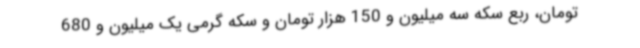
تومان، ربع سکه سه میلیون و 150 هزار تومان و سکه گرمی یک میلیون و 680